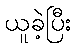
ယူခဲ့ပြီး